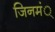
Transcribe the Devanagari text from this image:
जिनमं्